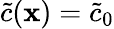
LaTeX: \tilde{c}(\textbf{x})=\tilde{c}_{0}